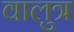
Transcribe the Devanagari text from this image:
वालुत्र